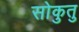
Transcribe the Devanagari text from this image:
सोकुतु